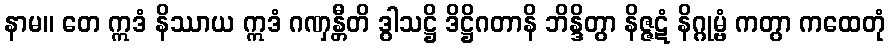
နာမ။ တေ ဣဒံ နိဿာယ ဣဒံ ဂဏှန္တီတိ ဒွါသဋ္ဌိ ဒိဋ္ဌိဂတာနိ ဘိန္ဒိတွာ နိဇ္ဇဋံ နိဂ္ဂုမ္ဗံ ကတွာ ကထေတုံ